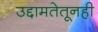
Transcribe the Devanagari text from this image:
उद्दामतेतूनही